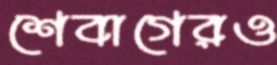
শেবাগেরও